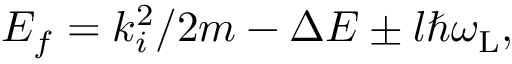
\begin{array} { r } { E _ { f } = k _ { i } ^ { 2 } / 2 m - \Delta { \cal E } \pm l \hbar \omega _ { \mathrm { L } } , } \end{array}